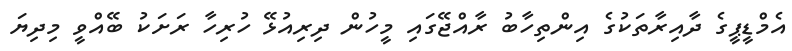
އެމްޑީޕީގެ ދާއިރާތަކުގެ އިންތިހާބު ރާއްޖޭގައި މީހުން ދިރިއުޅޭ ހުރިހާ ރަށަކު ބޭއްވީ މިދިޔަ